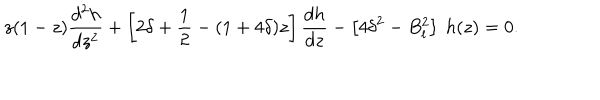
z ( 1 - z ) \frac { d ^ { 2 } h } { d z ^ { 2 } } + \left[ 2 \delta + { \frac { 1 } { 2 } } - ( 1 + 4 \delta ) z \right] \frac { d h } { d z } - \left[ 4 \delta ^ { 2 } - B _ { l } ^ { 2 } \right] ~ h ( z ) = 0 .